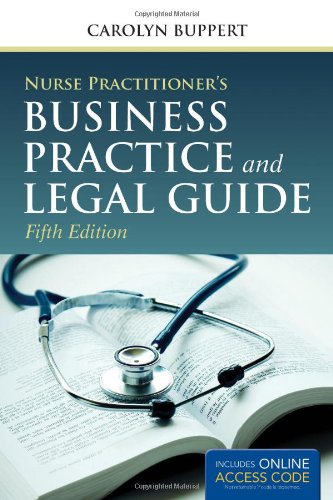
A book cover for Nurse Practitioner's Business Practice And Legal Guide; Carolyn Buppert; Medical Books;